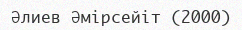
Әлиев Әмірсейіт (2000)